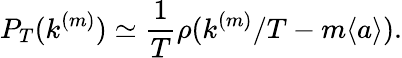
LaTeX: P_{T}(k^{(m)})\simeq\frac{1}{T}\rho(k^{(m)}/T-m\langle a\rangle).